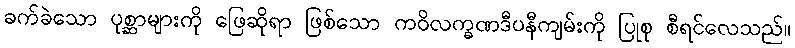
ခက်ခဲသော ပုစ္ဆာများကို ဖြေဆိုရာ ဖြစ်သော ကဝိလက္ခဏဒီပနီကျမ်းကို ပြုစု စီရင်လေသည်။